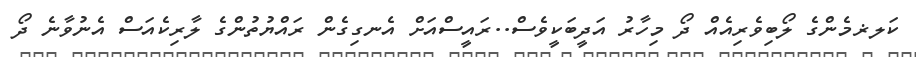
ކަލޜމެންގެ ލޯބިވެރިއެއް ދޯ މިހާރު އަދީބަކީވެސް..ރައީސްއަށް އެނގިގެން ރައްޔުތުންގެ ލާރިކެއަސް އެނުވާނެ ދޯ